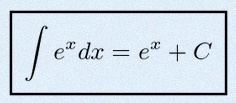
\int e^x dx=e^x+C